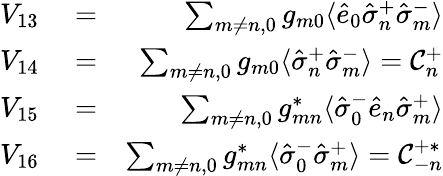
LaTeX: \begin{array}{rlr}{V_{13}}&{{}=}&{\sum_{m\neq n,0}g_{m0}\langle\hat{e}_{0}\hat{\sigma}_{n}^{+}\hat{\sigma}_{m}^{-}\rangle}\\ {V_{14}}&{{}=}&{\sum_{m\neq n,0}g_{m0}\langle\hat{\sigma}_{n}^{+}\hat{\sigma}_{m}^{-}\rangle={\cal C}_{n}^{+}}\\ {V_{15}}&{{}=}&{\sum_{m\neq n,0}g_{mn}^{*}\langle\hat{\sigma}_{0}^{-}\hat{e}_{n}\hat{\sigma}_{m}^{+}\rangle}\\ {V_{16}}&{{}=}&{\sum_{m\neq n,0}g_{mn}^{*}\langle\hat{\sigma}_{0}^{-}\hat{\sigma}_{m}^{+}\rangle={\cal C}_{-n}^{+*}}\end{array}